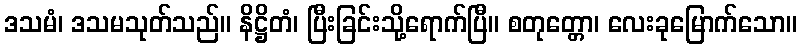
ဒသမံ၊ ဒသမသုတ်သည်။ နိဋ္ဌိတံ၊ ပြီးခြင်းသို့ရောက်ပြီ။ စတုတ္တော၊ လေးခုမြောက်သော။